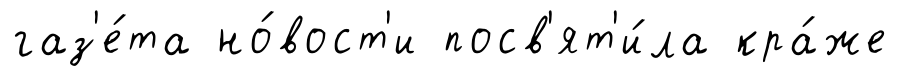
газ'е́та но́вост'и посв'ят'и́ла кра́же